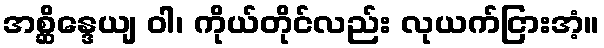
အစ္ဆိန္ဒေယျ ဝါ၊ ကိုယ်တိုင်လည်း လုယက်ငြားအံ့။